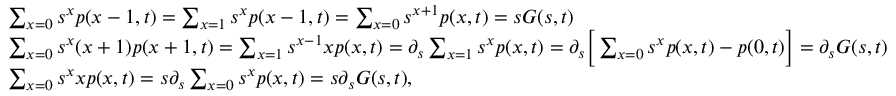
\begin{array} { r l } & { \sum _ { x = 0 } s ^ { x } p ( x - 1 , t ) = \sum _ { x = 1 } s ^ { x } p ( x - 1 , t ) = \sum _ { x = 0 } s ^ { x + 1 } p ( x , t ) = s G ( s , t ) } \\ & { \sum _ { x = 0 } s ^ { x } ( x + 1 ) p ( x + 1 , t ) = \sum _ { x = 1 } s ^ { x - 1 } x p ( x , t ) = \partial _ { s } \sum _ { x = 1 } s ^ { x } p ( x , t ) = \partial _ { s } \Big [ \sum _ { x = 0 } s ^ { x } p ( x , t ) - p ( 0 , t ) \Big ] = \partial _ { s } G ( s , t ) } \\ & { \sum _ { x = 0 } s ^ { x } x p ( x , t ) = s \partial _ { s } \sum _ { x = 0 } s ^ { x } p ( x , t ) = s \partial _ { s } G ( s , t ) , } \end{array}